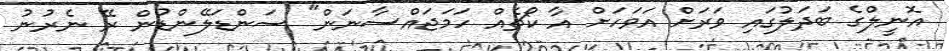
އޮނީލްގެ ބަދަލުގައި ވަރަށް އަވަހަށް އާ ކޯޗެއް ހަމަޖައްސާނަން" ސަންޑަލޭންޑުން ރޭ ނެރުނު